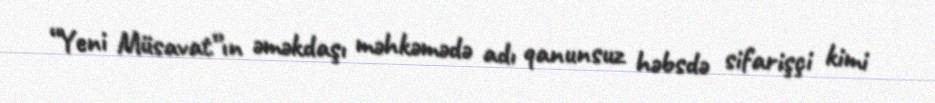
“Yeni Müsavat”ın əməkdaşı məhkəmədə adı qanunsuz həbsdə sifarişçi kimi